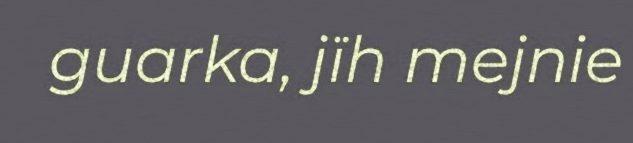
guarka, jïh mejnie